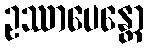
ဥဿာပေန္တော